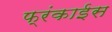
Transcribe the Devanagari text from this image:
फ्रंकाईस